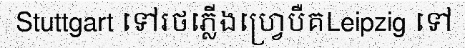
Stuttgart ទៅរថភ្លើងហ្វ្រេបឺគLeipzig ទៅ